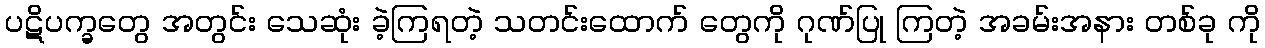
ပဋိပက္ခတွေ အတွင်း သေဆုံး ခဲ့ကြရတဲ့ သတင်းထောက် တွေကို ဂုဏ်ပြု ကြတဲ့ အခမ်းအနား တစ်ခု ကို